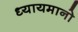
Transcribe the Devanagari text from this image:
ध्यायमानो